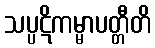
သပ္ပဋိကမ္မာပတ္တီတိ